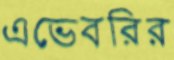
এভেবরির